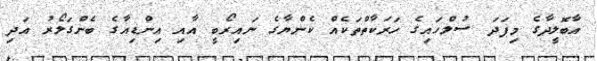
އާބޮލީދާގެ މިފަދަ ސުލްހައިގެ ހަރަކާތްތަކެއް ކެންޔާގެ ނައިރޯބީ އާއި އިންޑިއާގެ ބެންގަލޯރު އަދި